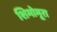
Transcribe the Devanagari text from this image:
शिमोमूरा